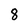
Character: 8